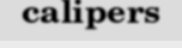
calipers